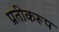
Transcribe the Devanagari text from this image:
प्रतीकरूप